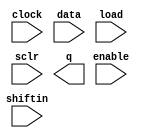
// megafunction wizard: %LPM_SHIFTREG%VBB%
// GENERATION: STANDARD
// VERSION: WM1.0
// MODULE: LPM_SHIFTREG 

// ============================================================
// Megafunction Name(s):
// 			LPM_SHIFTREG
//
// Simulation Library Files(s):
// 			lpm
// ============================================================
// ************************************************************
// THIS IS A WIZARD-GENERATED FILE. DO NOT EDIT THIS FILE!
//
// 13.0.1 Build 232 06/12/2013 SP 1 SJ Web Edition
// ************************************************************

//Copyright (C) 1991-2013 Altera Corporation
//Your use of Altera Corporation's design tools, logic functions 
//and other software and tools, and its AMPP partner logic 
//functions, and any output files from any of the foregoing 
//(including device programming or simulation files), and any 
//associated documentation or information are expressly subject 
//to the terms and conditions of the Altera Program License 
//Subscription Agreement, Altera MegaCore Function License 
//Agreement, or other applicable license agreement, including, 
//without limitation, that your use is for the sole purpose of 
//programming logic devices manufactured by Altera and sold by 
//Altera or its authorized distributors.  Please refer to the 
//applicable agreement for further details.

module lpm_shiftreg1 (
	clock,
	data,
	enable,
	load,
	sclr,
	shiftin,
	q);

	input	  clock;
	input	[31:0]  data;
	input	  enable;
	input	  load;
	input	  sclr;
	input	  shiftin;
	output	[31:0]  q;

endmodule

// ============================================================
// CNX file retrieval info
// ============================================================
// Retrieval info: PRIVATE: ACLR NUMERIC "0"
// Retrieval info: PRIVATE: ALOAD NUMERIC "0"
// Retrieval info: PRIVATE: ASET NUMERIC "0"
// Retrieval info: PRIVATE: ASET_ALL1 NUMERIC "1"
// Retrieval info: PRIVATE: CLK_EN NUMERIC "1"
// Retrieval info: PRIVATE: INTENDED_DEVICE_FAMILY STRING "Cyclone II"
// Retrieval info: PRIVATE: LeftShift NUMERIC "1"
// Retrieval info: PRIVATE: ParallelDataInput NUMERIC "1"
// Retrieval info: PRIVATE: Q_OUT NUMERIC "1"
// Retrieval info: PRIVATE: SCLR NUMERIC "1"
// Retrieval info: PRIVATE: SLOAD NUMERIC "1"
// Retrieval info: PRIVATE: SSET NUMERIC "0"
// Retrieval info: PRIVATE: SSET_ALL1 NUMERIC "1"
// Retrieval info: PRIVATE: SYNTH_WRAPPER_GEN_POSTFIX STRING "0"
// Retrieval info: PRIVATE: SerialShiftInput NUMERIC "1"
// Retrieval info: PRIVATE: SerialShiftOutput NUMERIC "0"
// Retrieval info: PRIVATE: nBit NUMERIC "32"
// Retrieval info: PRIVATE: new_diagram STRING "1"
// Retrieval info: LIBRARY: lpm lpm.lpm_components.all
// Retrieval info: CONSTANT: LPM_DIRECTION STRING "LEFT"
// Retrieval info: CONSTANT: LPM_TYPE STRING "LPM_SHIFTREG"
// Retrieval info: CONSTANT: LPM_WIDTH NUMERIC "32"
// Retrieval info: USED_PORT: clock 0 0 0 0 INPUT NODEFVAL "clock"
// Retrieval info: USED_PORT: data 0 0 32 0 INPUT NODEFVAL "data[31..0]"
// Retrieval info: USED_PORT: enable 0 0 0 0 INPUT NODEFVAL "enable"
// Retrieval info: USED_PORT: load 0 0 0 0 INPUT NODEFVAL "load"
// Retrieval info: USED_PORT: q 0 0 32 0 OUTPUT NODEFVAL "q[31..0]"
// Retrieval info: USED_PORT: sclr 0 0 0 0 INPUT NODEFVAL "sclr"
// Retrieval info: USED_PORT: shiftin 0 0 0 0 INPUT NODEFVAL "shiftin"
// Retrieval info: CONNECT: @clock 0 0 0 0 clock 0 0 0 0
// Retrieval info: CONNECT: @data 0 0 32 0 data 0 0 32 0
// Retrieval info: CONNECT: @enable 0 0 0 0 enable 0 0 0 0
// Retrieval info: CONNECT: @load 0 0 0 0 load 0 0 0 0
// Retrieval info: CONNECT: @sclr 0 0 0 0 sclr 0 0 0 0
// Retrieval info: CONNECT: @shiftin 0 0 0 0 shiftin 0 0 0 0
// Retrieval info: CONNECT: q 0 0 32 0 @q 0 0 32 0
// Retrieval info: GEN_FILE: TYPE_NORMAL lpm_shiftreg1.v TRUE
// Retrieval info: GEN_FILE: TYPE_NORMAL lpm_shiftreg1.inc FALSE
// Retrieval info: GEN_FILE: TYPE_NORMAL lpm_shiftreg1.cmp FALSE
// Retrieval info: GEN_FILE: TYPE_NORMAL lpm_shiftreg1.bsf TRUE FALSE
// Retrieval info: GEN_FILE: TYPE_NORMAL lpm_shiftreg1_inst.v FALSE
// Retrieval info: GEN_FILE: TYPE_NORMAL lpm_shiftreg1_bb.v TRUE
// Retrieval info: LIB_FILE: lpm